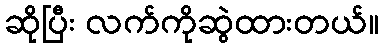
ဆိုပြီး လက်ကိုဆွဲထားတယ်။